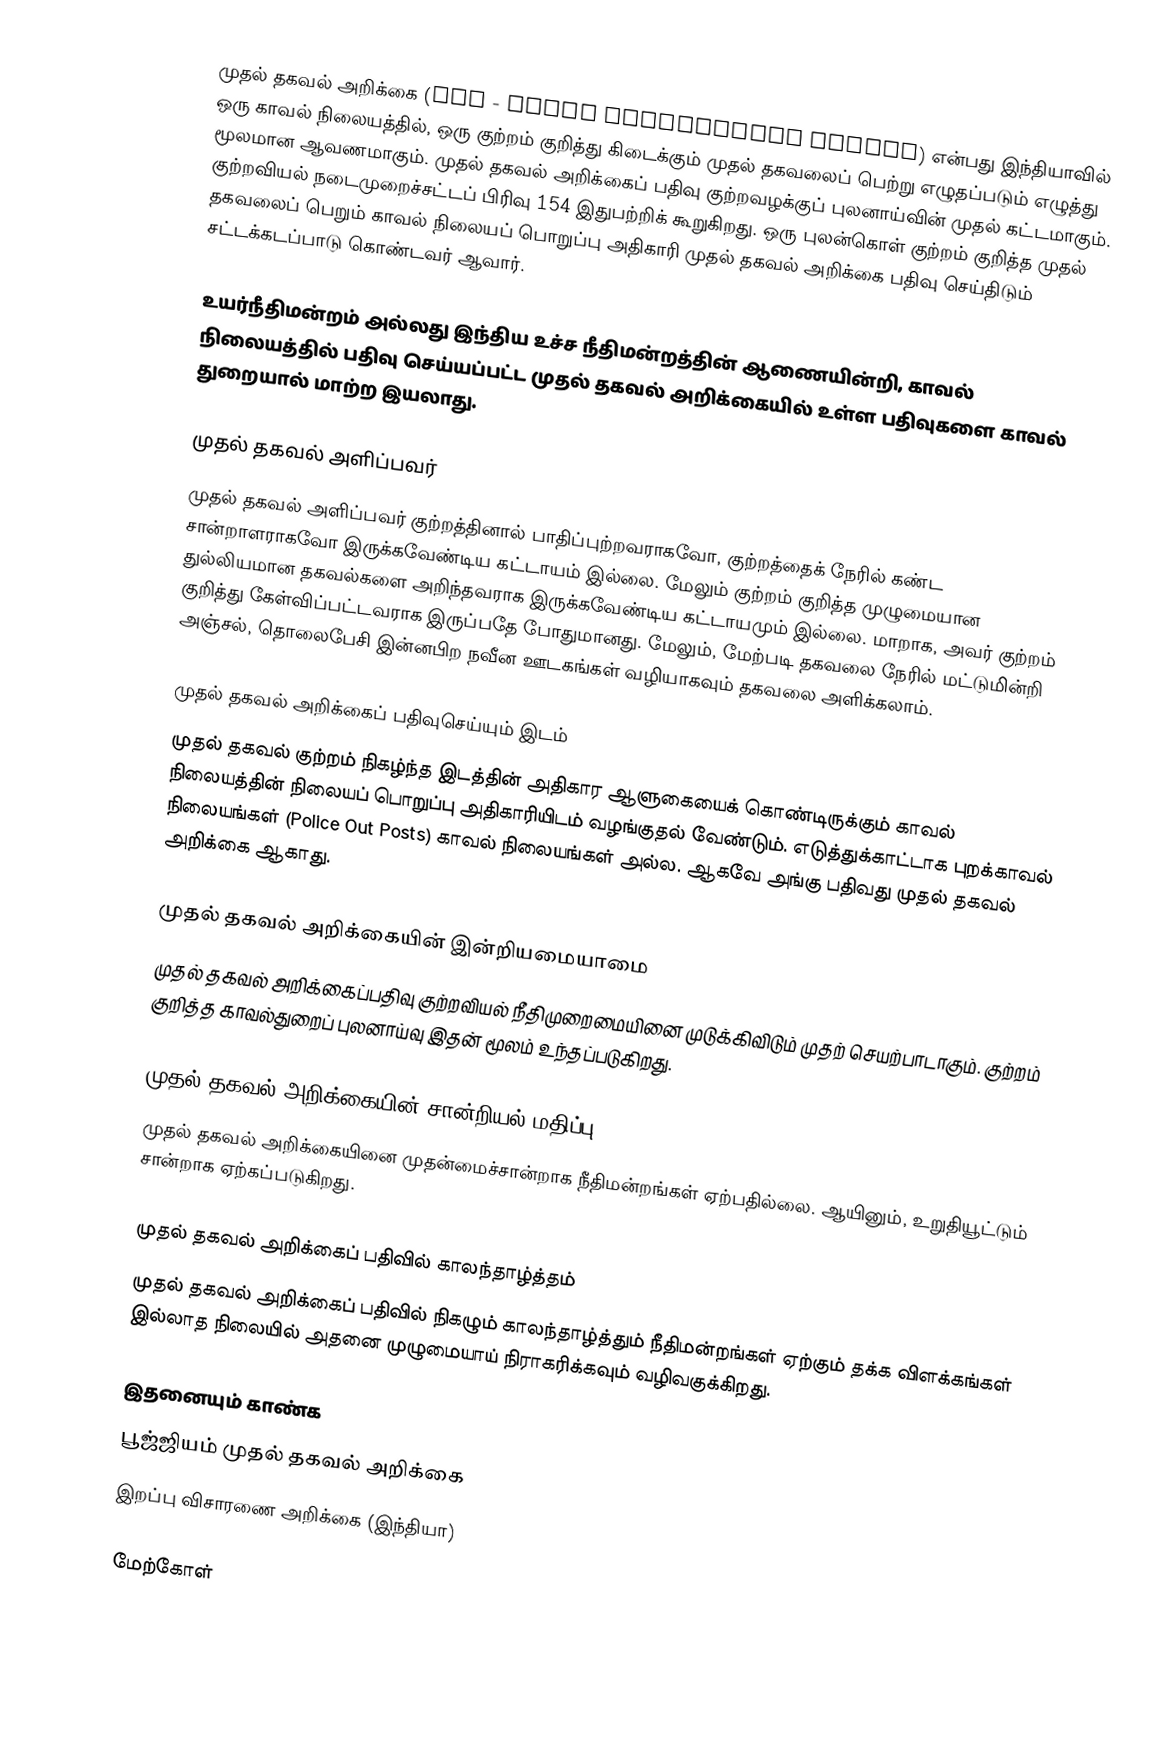
முதல் தகவல் அறிக்கை (FIR - First Information Report) என்பது இந்தியாவில் ஒரு காவல் நிலையத்தில், ஒரு குற்றம் குறித்து கிடைக்கும் முதல் தகவலைப் பெற்று எழுதப்படும் எழுத்து மூலமான ஆவணமாகும். முதல் தகவல் அறிக்கைப் பதிவு குற்றவழக்குப் புலனாய்வின் முதல் கட்டமாகும். குற்றவியல் நடைமுறைச்சட்டப் பிரிவு 154 இதுபற்றிக் கூறுகிறது. ஒரு புலன்கொள் குற்றம் குறித்த முதல் தகவலைப் பெறும் காவல் நிலையப் பொறுப்பு அதிகாரி முதல் தகவல் அறிக்கை பதிவு செய்திடும் சட்டக்கடப்பாடு கொண்டவர் ஆவார்.

உயர்நீதிமன்றம் அல்லது இந்திய உச்ச நீதிமன்றத்தின் ஆணையின்றி, காவல் நிலையத்தில் பதிவு செய்யப்பட்ட முதல் தகவல் அறிக்கையில் உள்ள பதிவுகளை காவல் துறையால் மாற்ற இயலாது.

முதல் தகவல் அளிப்பவர்
முதல் தகவல் அளிப்பவர் குற்றத்தினால் பாதிப்புற்றவராகவோ, குற்றத்தைக் நேரில் கண்ட சான்றாளராகவோ இருக்கவேண்டிய கட்டாயம் இல்லை. மேலும் குற்றம் குறித்த முழுமையான துல்லியமான தகவல்களை அறிந்தவராக இருக்கவேண்டிய கட்டாயமும் இல்லை. மாறாக, அவர் குற்றம் குறித்து கேள்விப்பட்டவராக இருப்பதே போதுமானது. மேலும், மேற்படி தகவலை நேரில் மட்டுமின்றி அஞ்சல், தொலைபேசி இன்னபிற நவீன ஊடகங்கள் வழியாகவும் தகவலை அளிக்கலாம்.

முதல் தகவல் அறிக்கைப் பதிவுசெய்யும் இடம்
முதல் தகவல் குற்றம் நிகழ்ந்த இடத்தின் அதிகார ஆளுகையைக் கொண்டிருக்கும் காவல் நிலையத்தின் நிலையப் பொறுப்பு அதிகாரியிடம் வழங்குதல் வேண்டும்.  எடுத்துக்காட்டாக புறக்காவல் நிலையங்கள் (Police Out Posts) காவல் நிலையங்கள் அல்ல. ஆகவே அங்கு பதிவது முதல் தகவல் அறிக்கை ஆகாது.

முதல் தகவல் அறிக்கையின் இன்றியமையாமை
முதல் தகவல் அறிக்கைப்பதிவு குற்றவியல் நீதிமுறைமையினை முடுக்கிவிடும் முதற் செயற்பாடாகும். குற்றம் குறித்த காவல்துறைப் புலனாய்வு இதன் மூலம் உந்தப்படுகிறது.

முதல் தகவல் அறிக்கையின் சான்றியல் மதிப்பு
முதல் தகவல் அறிக்கையினை முதன்மைச்சான்றாக நீதிமன்றங்கள் ஏற்பதில்லை. ஆயினும், உறுதியூட்டும் சான்றாக ஏற்கப்படுகிறது.

முதல் தகவல் அறிக்கைப் பதிவில் காலந்தாழ்த்தம்
முதல் தகவல் அறிக்கைப் பதிவில் நிகழும் காலந்தாழ்த்தும் நீதிமன்றங்கள் ஏற்கும் தக்க விளக்கங்கள் இல்லாத நிலையில் அதனை முழுமையாய் நிராகரிக்கவும் வழிவகுக்கிறது.

இதனையும் காண்க
 பூஜ்ஜியம் முதல் தகவல் அறிக்கை
 இறப்பு விசாரணை அறிக்கை (இந்தியா)

மேற்கோள்